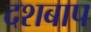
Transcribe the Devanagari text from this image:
दशबाप